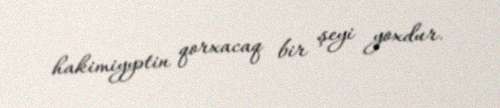
hakimiyyətin qorxacaq bir şeyi yoxdur.